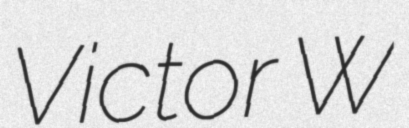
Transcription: Victor W